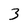
Character: 3